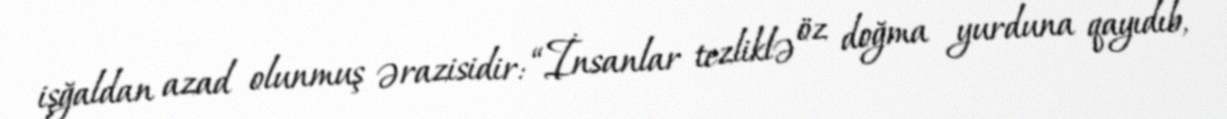
işğaldan azad olunmuş ərazisidir: “İnsanlar tezliklə öz doğma yurduna qayıdıb,